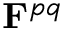
\mathbf { F } ^ { p q }